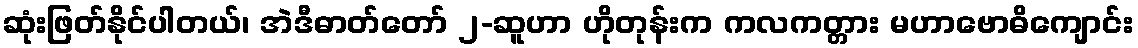
ဆုံးဖြတ်နိုင်ပါတယ်၊ အဲဒီဓာတ်တော် ၂-ဆူဟာ ဟိုတုန်းက ကလကတ္တား မဟာဗောဓိကျောင်း